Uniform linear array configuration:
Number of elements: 48
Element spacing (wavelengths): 0.75
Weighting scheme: exponential
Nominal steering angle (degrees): -45
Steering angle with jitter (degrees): -43.955
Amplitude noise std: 0.05
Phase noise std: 0.05

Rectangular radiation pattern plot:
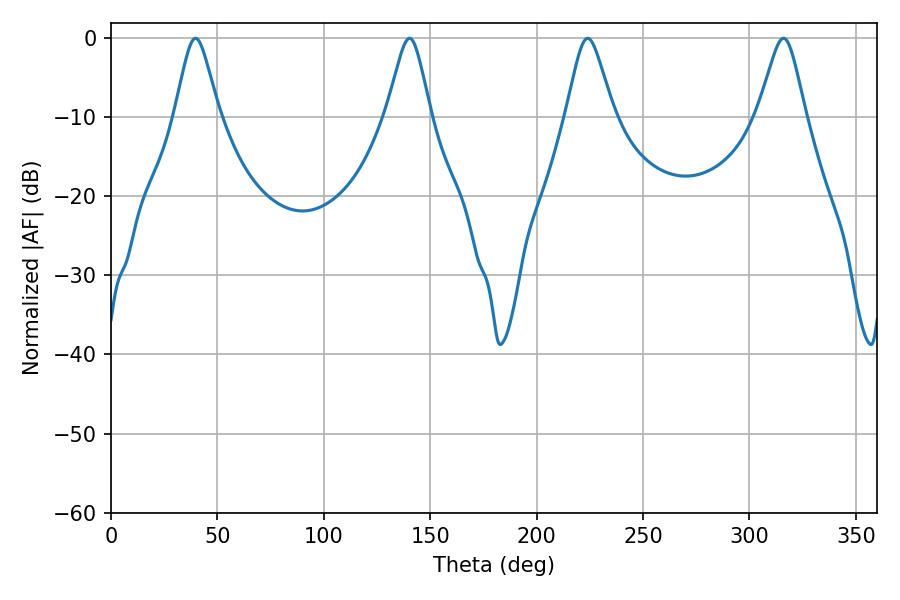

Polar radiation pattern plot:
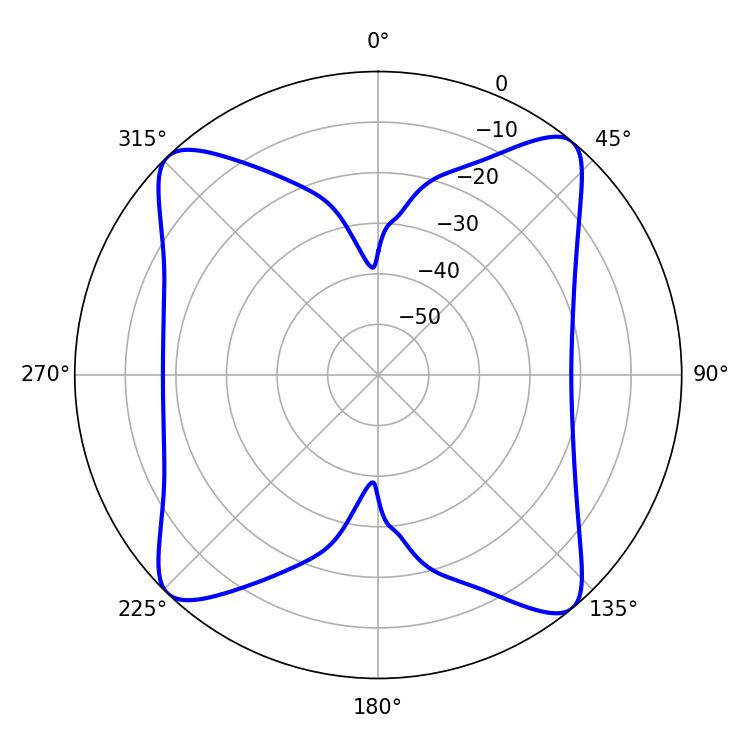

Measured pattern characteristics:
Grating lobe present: TRUE
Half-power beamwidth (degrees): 10.62
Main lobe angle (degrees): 223.92